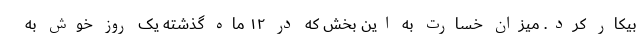
بیکار کرد. میزان خسارت به این بخش که در ۱۲ ماه گذشته یک روز خوش به